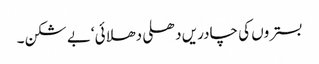
بستروں کی چادریں دھلی دھلائی‘بے شکن۔